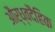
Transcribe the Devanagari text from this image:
और्ध्वदैहिक